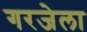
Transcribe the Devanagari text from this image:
गरजेला